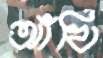
আঁখি